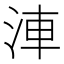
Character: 𣵐